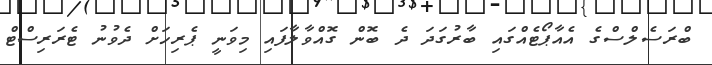
ބްރަސެލްސްގެ އެއާޕޯޓެއްގައި ބާރުގަދަ ދެ ބޮން ގޮއްވާލާފައި މިވަނީ ޕެރިހަށް ދެވުނު ޓެރަރިސްޓް